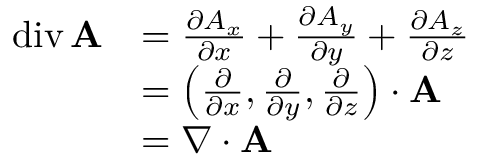
{ \begin{array} { r l } { \operatorname { d i v } \mathbf { A } } & { = { \frac { \partial A _ { x } } { \partial x } } + { \frac { \partial A _ { y } } { \partial y } } + { \frac { \partial A _ { z } } { \partial z } } } \\ & { = \left( { \frac { \partial } { \partial x } } , { \frac { \partial } { \partial y } } , { \frac { \partial } { \partial z } } \right) \cdot \mathbf { A } } \\ & { = \nabla \cdot \mathbf { A } } \end{array} }